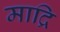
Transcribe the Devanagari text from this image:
माद्रि